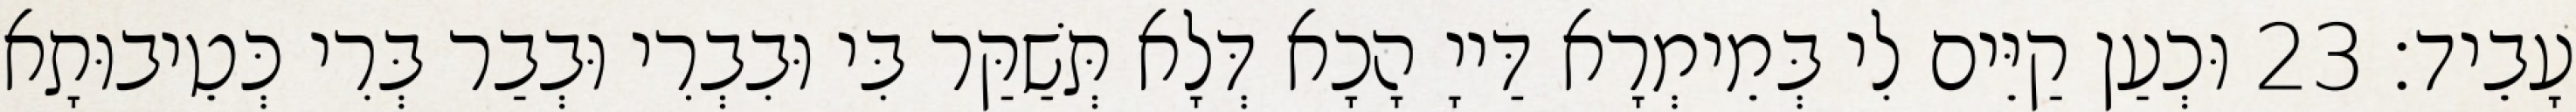
עָבֵיד׃ 23 וּכְעַן קַיֵּים לִי בְּמֵימְרָא דַּייָ הָכָא דְּלָא תְּשַׁקַּר בִּי וּבִבְרִי וּבְבַר בְּרִי כְּטֵיבוּתָא